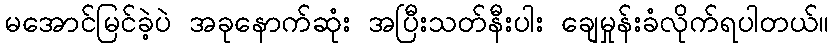
မအောင်မြင်ခဲ့ပဲ အခုနောက်ဆုံး အပြီးသတ်နီးပါး ချေမှုန်းခံလိုက်ရပါတယ်။